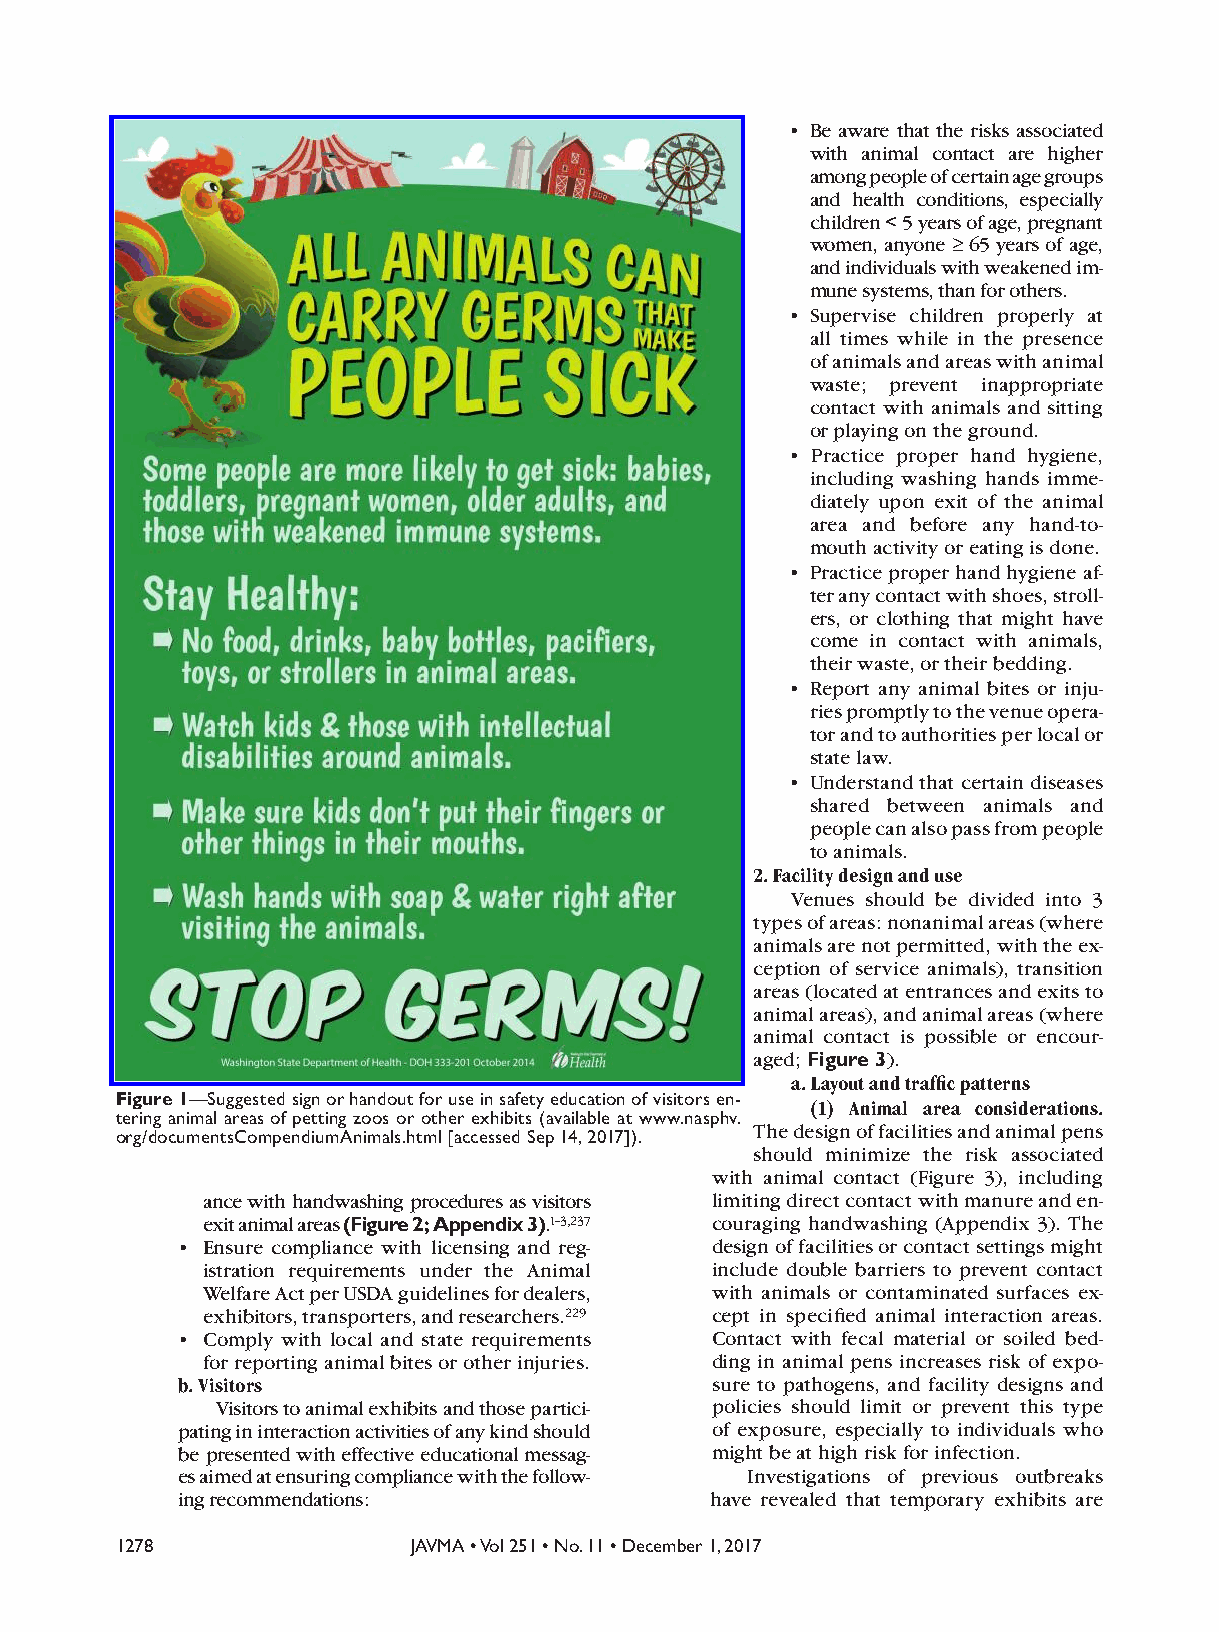
• Be aware that the risks associated
 with animal contact are higher
 among people of certain age groups
 and health conditions, especially
 children < 5 years of age, pregnant
 women, anyone ≥ 65 years of age,
 and individuals with weakened im-
 mune systems, than for others.
 • Supervise children properly at
 all times while in the presence
 of animals and areas with animal
 waste; prevent inappropriate
 contact with animals and sitting
 or playing on the ground.
 • Practice proper hand hygiene,
 including washing hands imme-
 diately upon exit of the animal
 area and before any hand-to-
 mouth activity or eating is done.
 • Practice proper hand hygiene af-
 ter any contact with shoes, stroll-
 ers, or clothing that might have
 come in contact with animals,
 their waste, or their bedding.
 • Report any animal bites or inju-
 ries promptly to the venue opera-
 tor and to authorities per local or
 state law.
 • Understand that certain diseases
 shared between animals and
 people can also pass from people
 to animals.
 2. Facility design and use
 Venues should be divided into 3
 types of areas: nonanimal areas (where
 animals are not permitted, with the ex-
 ception of service animals), transition
 areas (located at entrances and exits to
 animal areas), and animal areas (where
 animal contact is possible or encour-
 aged; Figure 3).
 a. Layout and traffic patterns
 Figure 1—Suggested sign or handout for use in safety education of visitors en-
 (1) Animal area considerations.
 tering animal areas of petting zoos or other exhibits (available at www.nasphv.
 The design of facilities and animal pens
 org/documentsCompendiumAnimals.html [accessed Sep 14, 2017]).
 should minimize the risk associated
 with animal contact (Figure 3), including
 ance with handwashing procedures as visitors limiting direct contact with manure and en-
 exit animal areas (Figure 2; Appendix 3).1–3,237 couraging handwashing (Appendix 3). The
 • Ensure compliance with licensing and reg- design of facilities or contact settings might
 istration requirements under the Animal include double barriers to prevent contact
 Welfare Act per USDA guidelines for dealers, with animals or contaminated surfaces ex-
 exhibitors, transporters, and researchers.229 cept in specified animal interaction areas.
 • Comply with local and state requirements Contact with fecal material or soiled bed-
 for reporting animal bites or other injuries. ding in animal pens increases risk of expo-
 b. Visitors                        sure to pathogens, and facility designs and
 Visitors to animal exhibits and those partici- policies should limit or prevent this type
 pating in interaction activities of any kind should of exposure, especially to individuals who
 be presented with effective educational messag- might be at high risk for infection.
 es aimed at ensuring compliance with the follow- Investigations of previous outbreaks
 ing recommendations:               have revealed that temporary exhibits are
 1278               JAVMA • Vol 251 • No. 11 • December 1, 2017